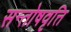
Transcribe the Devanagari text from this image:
सन्तोषवृत्ति